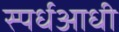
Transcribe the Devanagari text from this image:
स्पर्धआधी